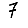
Digit: 7